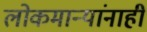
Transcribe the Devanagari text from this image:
लोकमान्‍यांनाही